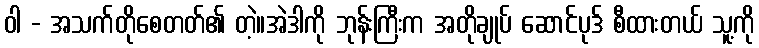
ဝါ - အသက်တိုစေတတ်၏ တဲ့။အဲဒါကို ဘုန်းကြီးက အတိုချုပ် ဆောင်ပုဒ် စီထားတယ် သူ့ကို